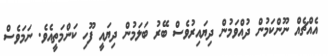
އެއްޗެއް ނޫންކަމުން ދުއްވަމުން ދިޔައިރުވެސް ބޭރު ބަލަމުން ދިޔައީ ފޫހި ކަންމަތީއެވެ. ނަމަވެސް